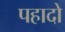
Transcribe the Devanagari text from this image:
पहादो